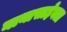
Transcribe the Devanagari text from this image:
नानासाहेबला